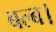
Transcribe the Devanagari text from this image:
बल्ब।